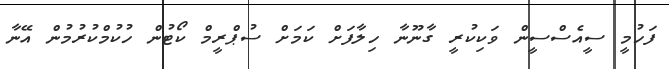
ފަހުމީ ސީއެސްސީން ވަކިކުރީ ގާނޫނާ ހިލާފަށް ކަމަށް ސުޕްރީމް ކޯޓުން ހުކުމްކުރުމުން އޭނާ